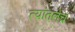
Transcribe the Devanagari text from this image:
त्यांतलेच